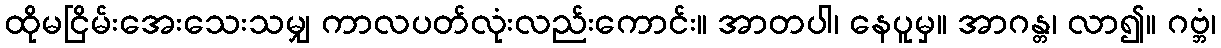
ထိုမငြိမ်းအေးသေးသမျှ ကာလပတ်လုံးလည်းကောင်း။ အာတပါ၊ နေပူမှ။ အာဂန္တ၊ လာ၍။ ဂဗ္ဘံ၊